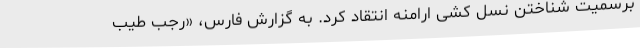
برسمیت شناختن نسل کشی ارامنه انتقاد کرد. به گزارش فارس، «رجب طیب